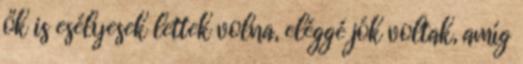
ők is esélyesek lettek volna, eléggé jók voltak, amíg